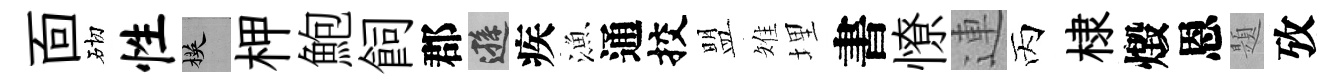
靣砌性楧柙鮑飼郡遜疾漁通挍盟雉埋書憭連丙棣燬恩題攷